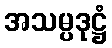
အသမ္ပဒုဋ္ဌံ